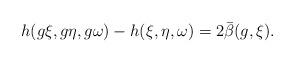
LaTeX: \begin{align*} h(g\xi,g\eta,g\omega)-h(\xi,\eta,\omega)=2\bar\beta(g,\xi).\end{align*}